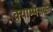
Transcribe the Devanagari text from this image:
क्याम्पसके